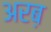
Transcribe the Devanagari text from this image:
अरब़